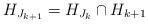
LaTeX: \begin{align*}H_{J_{k+1}}=H_{J_{k}}\cap{H_{k+1}}\end{align*}